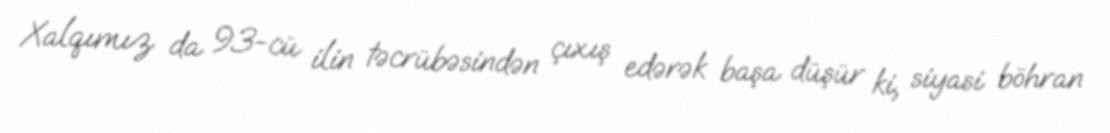
Xalqımız da 93-cü ilin təcrübəsindən çıxış edərək başa düşür ki, siyasi böhran